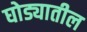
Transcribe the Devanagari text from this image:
घोड्यातील